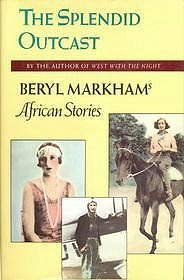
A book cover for Splendid Outcast: Beryl Markham's African Stories; Beryl Markham; Literature & Fiction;